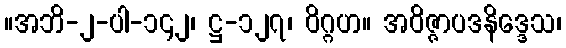
။အဘိ-၂-ပါ-၁၄၂၊ ဋ္ဌ-၁၂၇၊ ဝိဂ္ဂဟ။ အဝိဇ္ဇာပဒနိဒ္ဒေသ၊